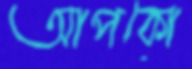
আপকো